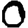
Digit: 0